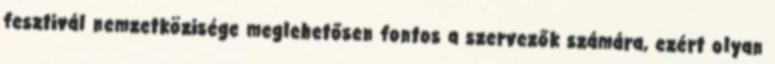
fesztivál nemzetközisége meglehetősen fontos a szervezők számára, ezért olyan